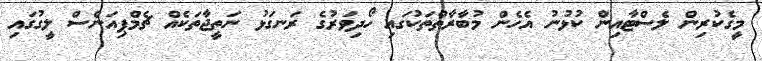
މީގެކުރިން ލެސްޓާއިން ކުޅުނު އެހެން މުބާރާތްތަކުގައި ހޯދިވަރުގެ ރަނގަޅު ނަތީޖާތަކެއް ޗެމްޕިއަންސް ލީގުގައި